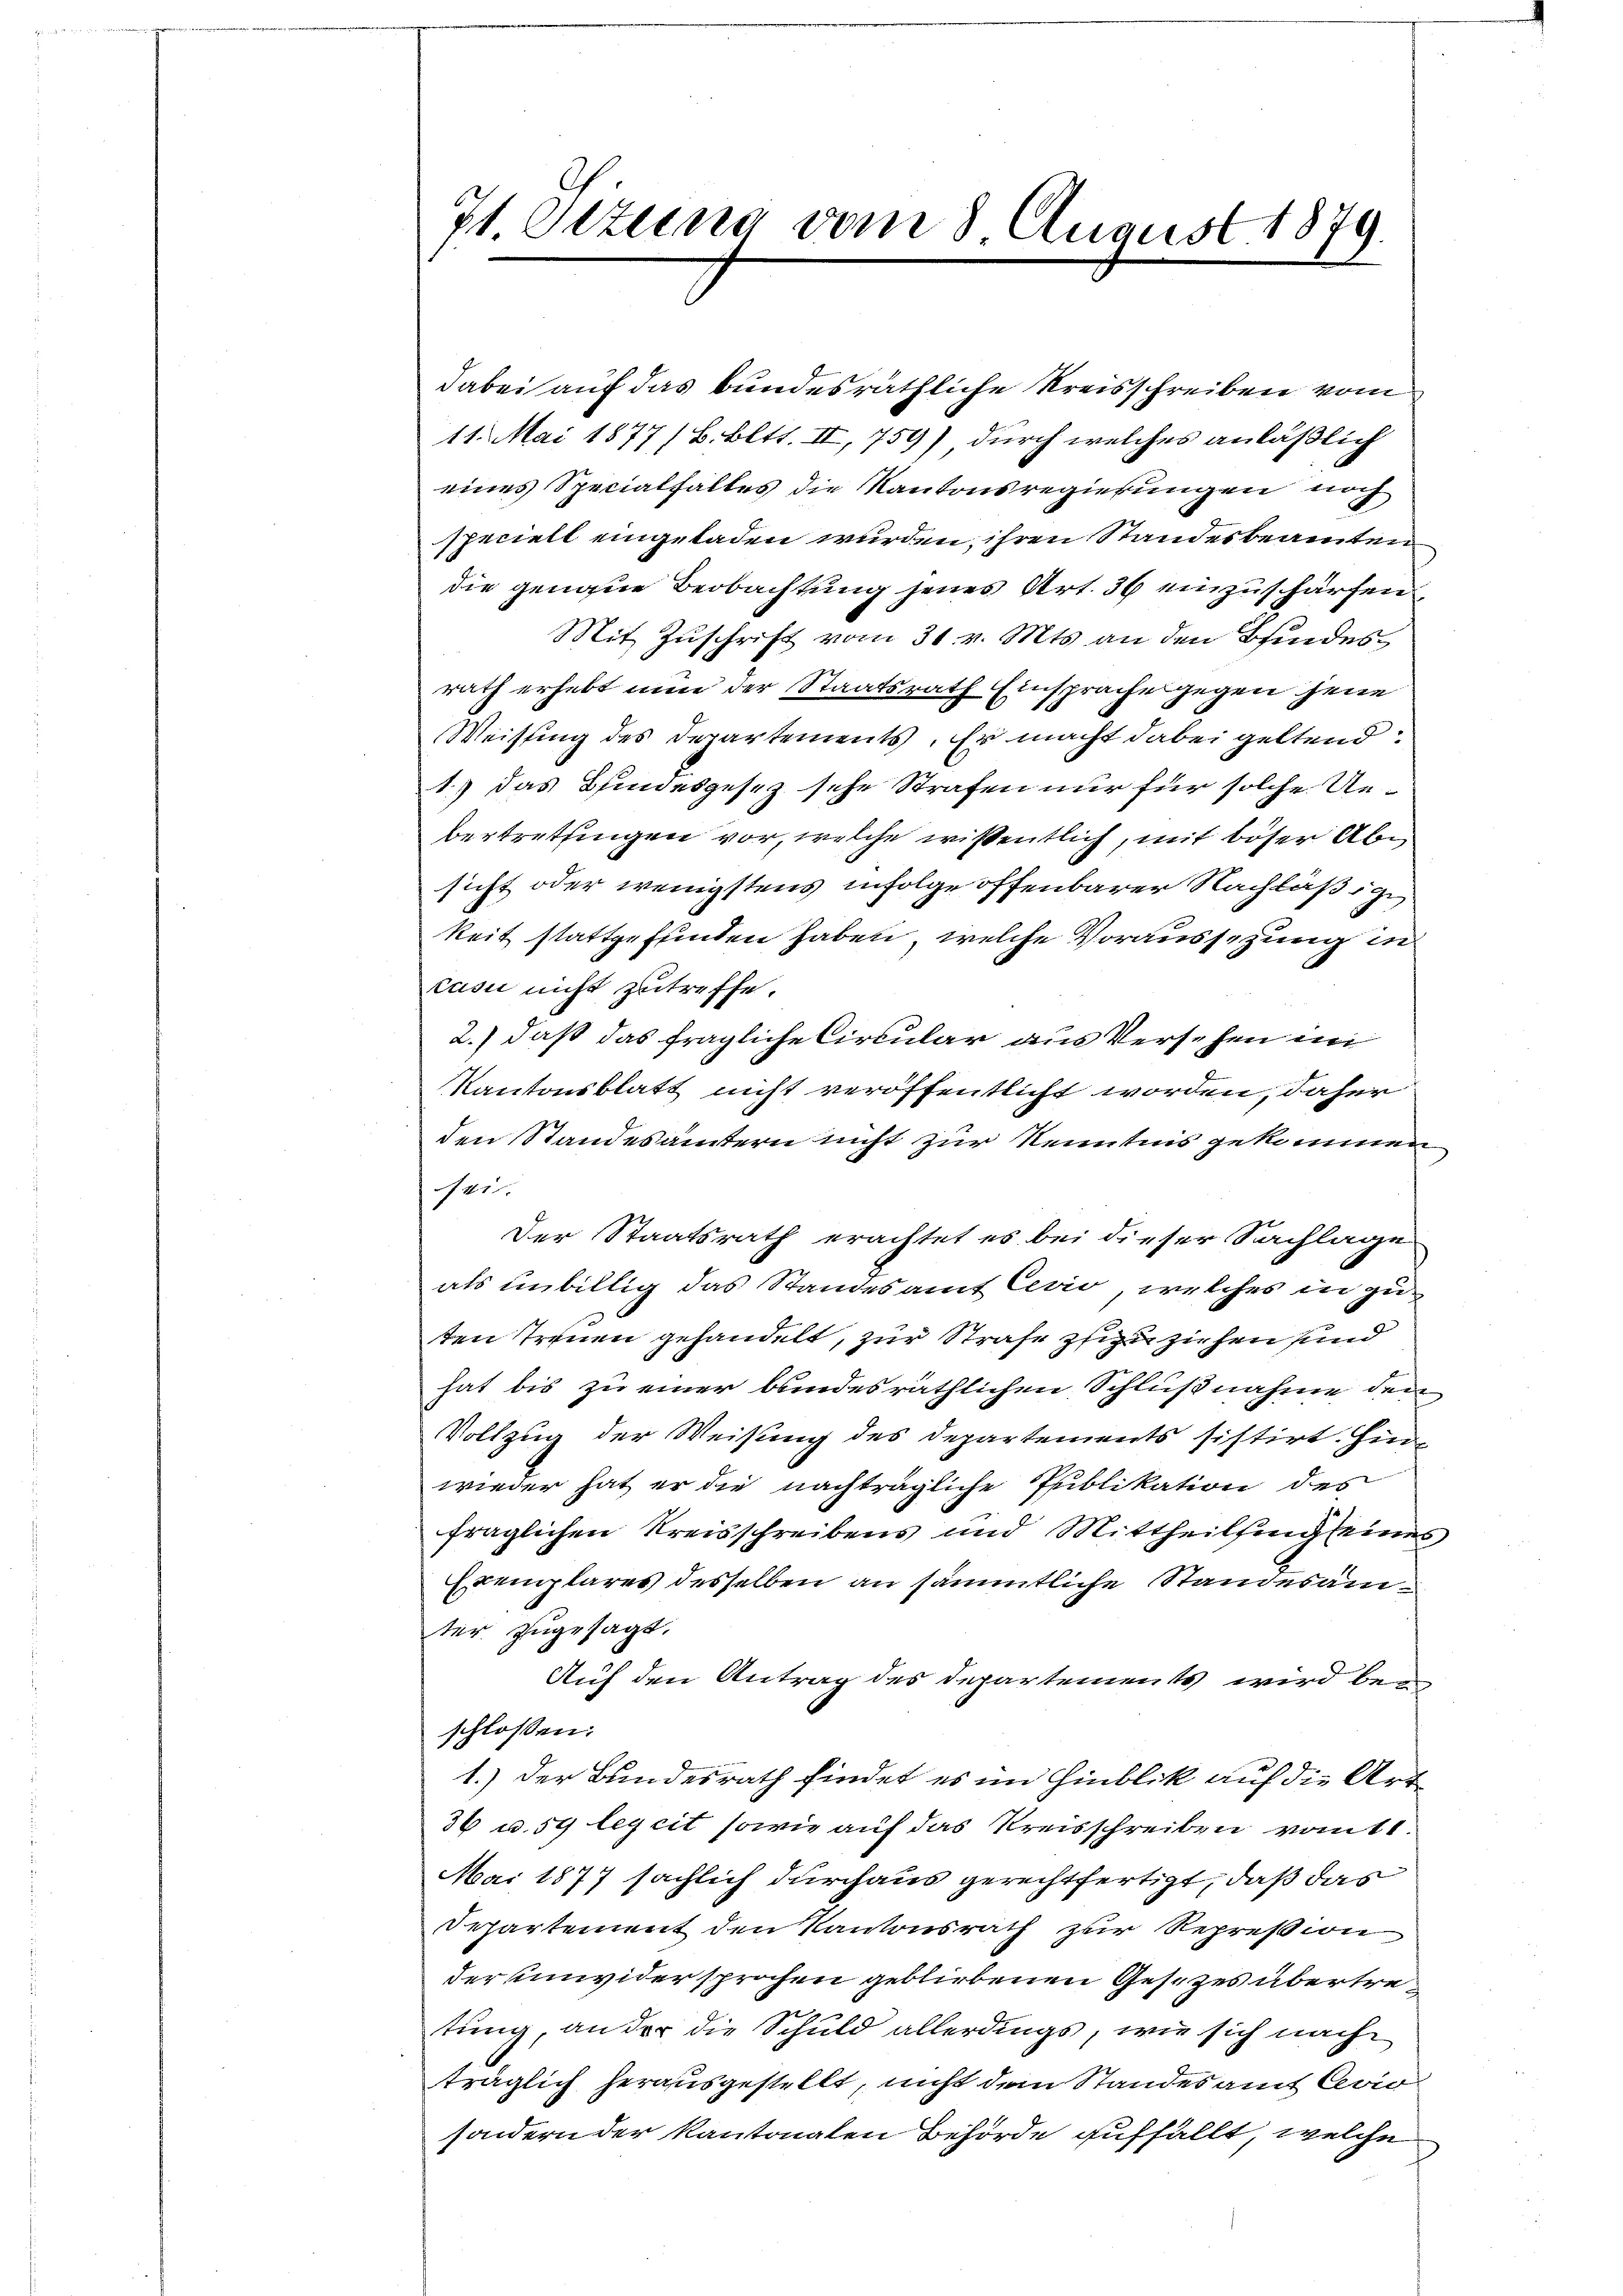
71. Setzung vom 8 August 1879.

dabei auf das bundesräthliche Kreisschreiben vom
11. Mai 1877/B. Bett. II, 759) durch welches anläßlich
eines Specialfalles die Kantonsregierungen noch
speciell eingeladen wurden, ihren Standesbeamten
die genaue Beobachtung jenes Art. 36 einzuschärfen
Mit Zuschrift vom 31. v. Mts. an den Bindesrath erhebt nun der Staatsrath Einsprache gegen jene
Weisung des Departements. Er macht dabei geltend
1) das Bindesgesez sehe Strafen nur für solche Uebertrettingen vor, welche wissentlich, mit böser Absicht oder wenigstens infolge offenbarer Nachläßige
keit stattgefunden haben, welche Vorausschung in
cusi nicht zutreffe.
2.) daß das fragliche Circular aus Versehen in
Kantonsblatt nicht veröffentlicht worden, daher
den Standesämtern nicht zur Kenntnis gekommen
41
Der Staatsrath erachtet es bei dieser Sachlage
als unbillig das Standesamt Civio, welches in zuten Trennen gehandelt, zur Strafe zu ziehen sind
hat bis zu einer bundesräthlichen Schlußnahme den
Vollzug der Weisung des Departements sistirt. Hinwieder hat er die nachträgliche Publikation des
fraglichen Kreisschreibens und Mittheilsing seines
Exemplares desselben an sämmtliche Standesamter zugesagt.
Auf den Antrag des Departements wird bei
schlossen:
1.) Der Bundesrath findet es im Hinblick auf die Art
36 u. 59 legcit, sowie auf das Kreisschreiben vom 11.
Mai 1877 sächlich durchaus gerechtfertigt, daß das
Departement den Kantonsrath zur Repreßion
der unwidersprochen gebliebenen Gesezes übertretung, an der die Schuld allerdings, wie sich nach
träglich herausgestellt, nicht dem Standesamt Cevio
sondern der Kantonalen Behörde auffällt, welche